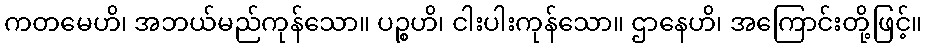
ကတမေဟိ၊ အဘယ်မည်ကုန်သော။ ပဉ္စဟိ၊ ငါးပါးကုန်သော။ ဌာနေဟိ၊ အကြောင်းတို့ဖြင့်။